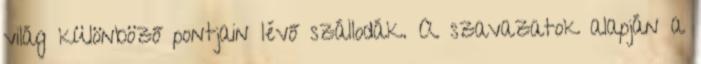
világ különböző pontjain lévő szállodák. A szavazatok alapján a